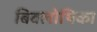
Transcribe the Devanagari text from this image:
बिबलोथिका